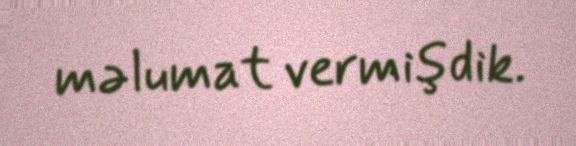
məlumat vermişdik.